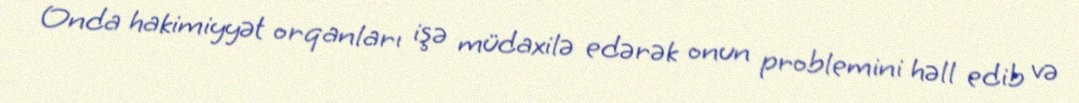
Onda hakimiyyət orqanları işə müdaxilə edərək onun problemini həll edib və